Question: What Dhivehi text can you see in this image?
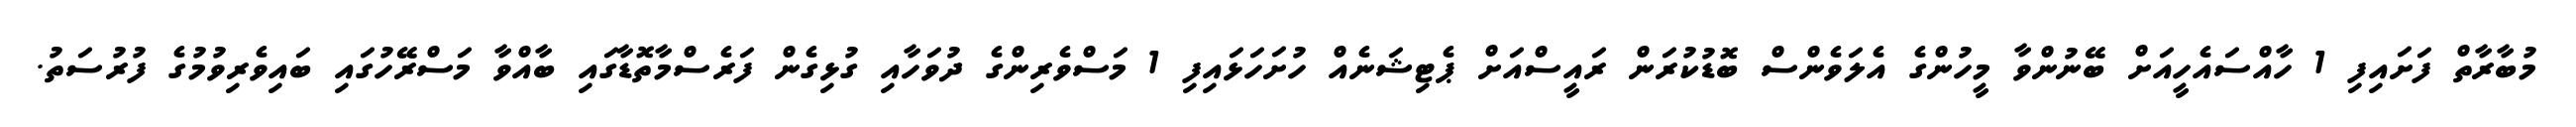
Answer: މުބާރާތް ފަށައިފި 1 ހާއްސައެހީއަށް ބޭނުންވާ މީހުންގެ އެލަވެންސް ބޮޑުކުރަން ރައީސްއަށް ޕެޓިޝަނެއް ހުށަހަޅައިފި 1 މަސްވެރިންގެ ދުވަހާއި ގުޅިގެން ފަރެސްމާތޮޑާގައި ބާއްވާ މަސްރޭހުގައި ބައިވެރިވުމުގެ ފުރުސަތު.